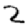
Digit: 2